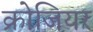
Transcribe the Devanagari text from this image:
क्रोजियर